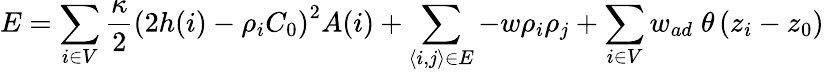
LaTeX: E=\sum_{i\in V}\frac{\kappa}{2}\left(2h(i)-\rho_{i}C_{0}\right)^{2}A(i)+\sum_{\left\langle i,j\right\rangle\in E}-w\rho_{i}\rho_{j}+\sum_{i\in V}w_{ad}\; \theta\left(z_{i}-z_{0}\right)